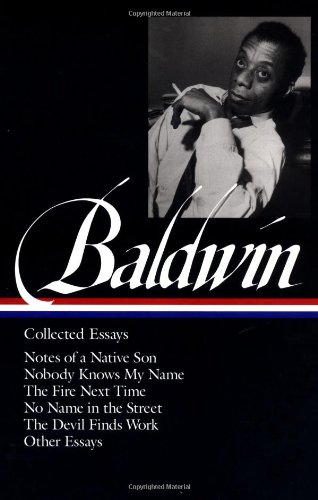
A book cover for James Baldwin : Collected Essays : Notes of a Native Son / Nobody Knows My Name / The Fire Next Time / No Name in the Street / The Devil Finds Work / Other Essays (Library of America); James Baldwin; Literature & Fiction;